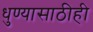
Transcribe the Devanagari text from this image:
धुण्यासाठीही